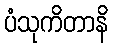
ပံသုကိတာနိ